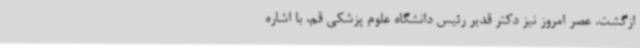
ازگشت. عصر امروز نیز دکتر قدیر رئیس دانشگاه علوم پزشکی قم، با اشاره